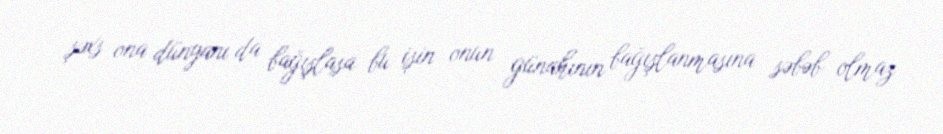
şəxs ona dünyanı da bağışlasa bu işin onun günahının bağışlanmasına səbəb olmaz